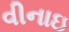
વીનાઇ